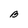
Character: B